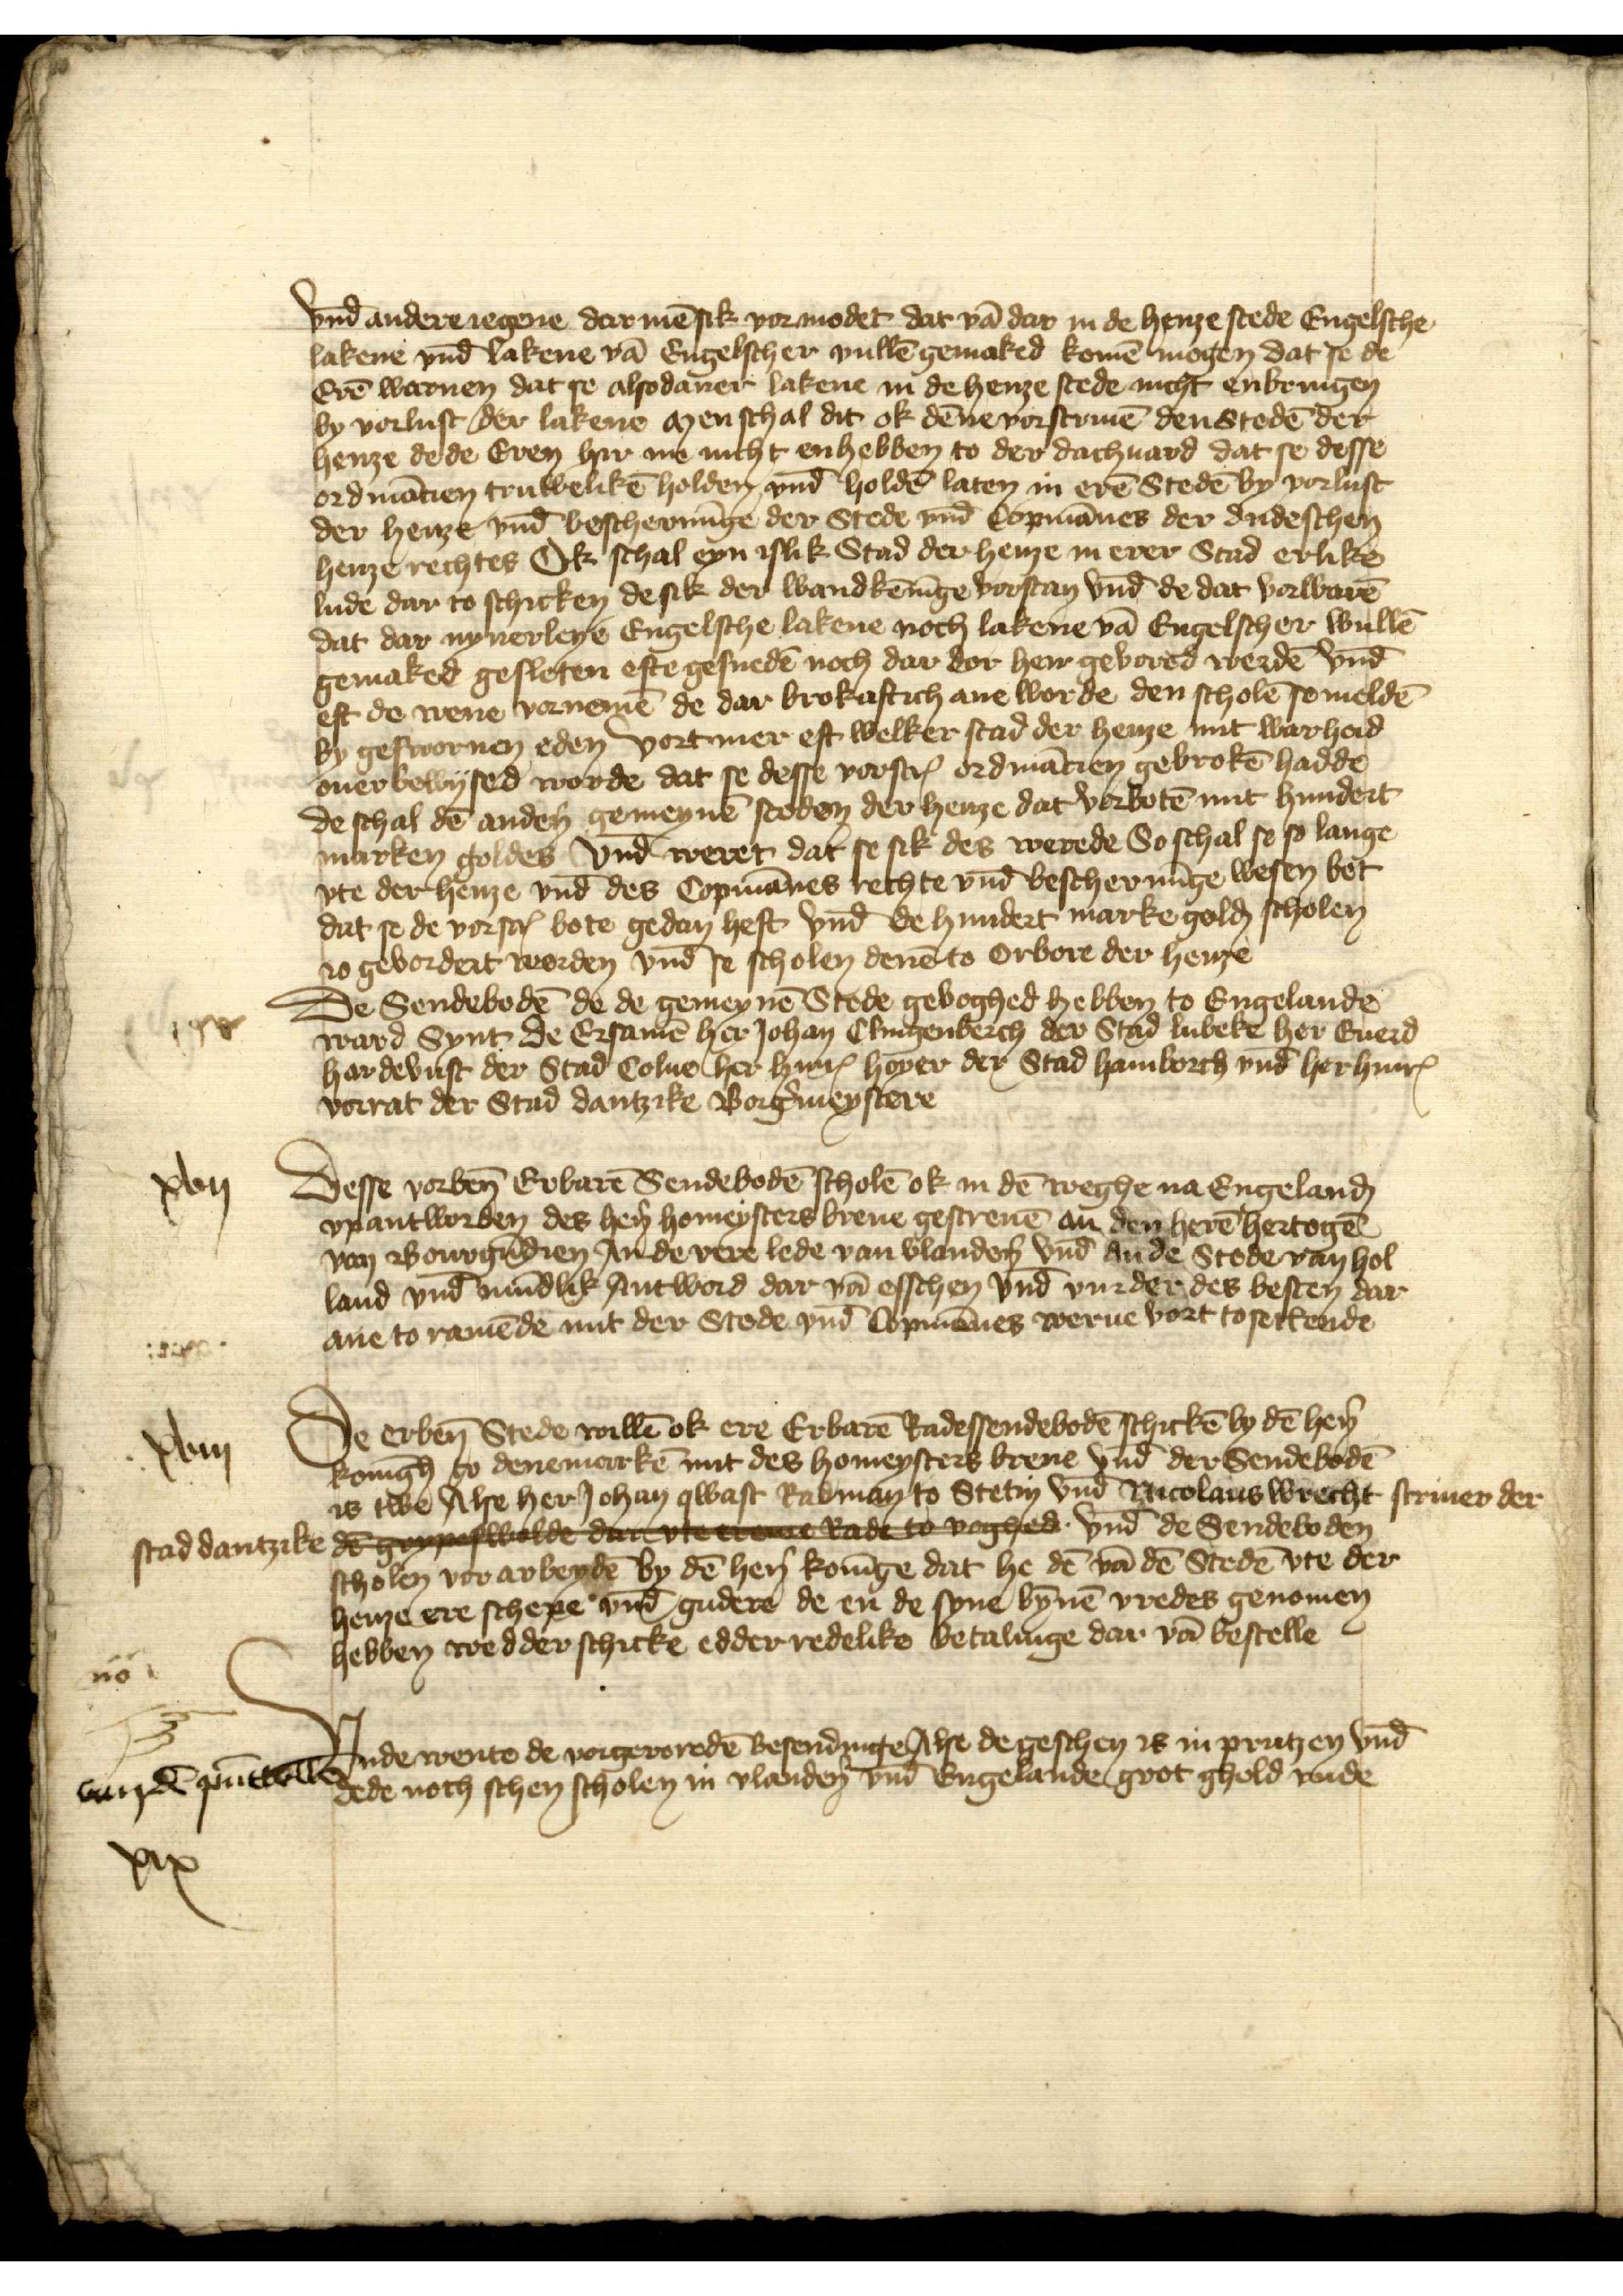
vnd̄ andere iegene dar mē sik vormodet dat vā dar in de henze stede Engelsche
lakene vnd̄ lakene vā Engelscher vullē gemaked komē mogen dat se de
Erē warnen dat se alsodaner lakene in de henze stede nicht enbringen
by vorlust der lakene men schal dit ok dēne vorscriuē den Stedē der
henze de de Eren hir ane nicht enhebben to der dachuard dat se desse
ordinācien truwelikē holden vnd̄ holdē laten in erē Stedē by vorlust
der henze vnd̄ beschernīge der Stede vnd̄ kopmānes der dudeschen
henze rechtes Ok schal eyn islik Stad der henze in erer Stad erlike
lude dar to schicken de sik der wandkēnīge vorstan vnd̄ de dat vorwarē
dat dar nynerleye Engelsche lakene noch lakene vā Engelscher wullē
gemaked gesleten efte gesnedē noch dar dor hen gebored werdē vnd̄
eft de nene vornemē de dar brokaftich ane worde den scholē se meldē
by geswornen eden vortmer eft welker stad der henze mit warheid
ouer bewised worde dat se desse vorscrꝬ ordinācien gebrokē hadde
de schal dē andẻn gemeynē steden der henze dat vorbottē mit hundert
marken goldes vnd̄ weret dat se sik des werede So schal se so lange
vte der henze vnd̄ des Copmānes rechte vnd̄ beschernīge wesen bet
dat se de vorscꝬ bote gedan heft vnd̄ de hundert marke golḑ scholen
to gevordet worden vnd se scholen denē to orbore der henze
De Sendebodē de de gemeynē Stede gevoghed hebben to Engelande
ward synt de Ersamē her Johan Clingenberch der Stad Lubeke her Euerd
Hardevust der Stad Colne her HinrꝬ Hoyer der Stad Hamborch vnd̄ her HinrꝬ
Vorrat der Stad Dantzike Borg̉meystere

Desse vorben̄ Erbarē Sendebodē scholē ok in dē weghe na Engeland
vp antworden des hẻn homeysters breue gescreuē an den herē hertoge
van Bourgūdien Jn de vere lede van Vlandẻn vnd de de Stede van Hol¬
land vnd̄ mūdlik Antword dar vā esschen vnd̄ vurder des besten dar
ane to ramēde mit der Stede vnd̄ Copmānes werue vort to settende

xvij

De erben̄ Stede willē ok ere Erbarē Radessendebodē schickē by dē hẻn
konīgh to Denemarkē mit des homeysters breue vnd der Sendebodē
is twe Alse her Johan Qwast Radman to Stetin vnd̄ Nicolaus Wrecht scriuer der
stad Dantzike de Grypeswolde de veer Rad to voghed vnd̄ de Sendeboden
scholen vorarbeydē by dē hẻn Konīge dat he dē vā dē Stedē vte der
henze ere schepe vnd̄ guderē de en de syne bȳnē vredes genomen
hebben wedder schicke edder redelike betalinge dar vā bestelle
Nno

de

Vnde wente de vorgeroredē besendinge Alse de geschen is in Prutzen vnd̄
dede noch schen scholen in Vlandẻn vnd̄ Engelande grot ghold vnde

van dē pūnttollē

xix